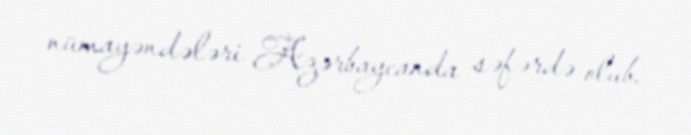
nümayəndələri Azərbaycanda səfərdə olub.